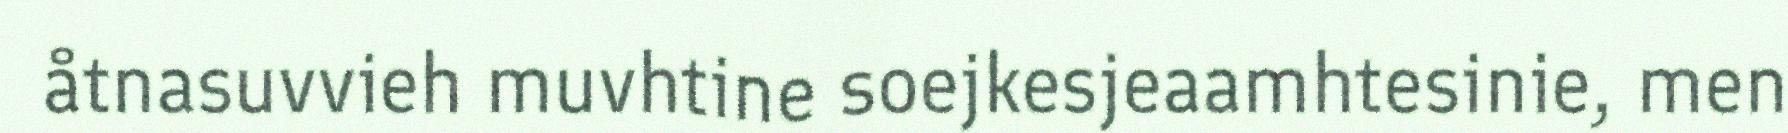
åtnasuvvieh muvhtine soejkesjeaamhtesinie, men